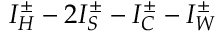
I _ { H } ^ { \pm } - 2 I _ { S } ^ { \pm } - I _ { C } ^ { \pm } - I _ { W } ^ { \pm }